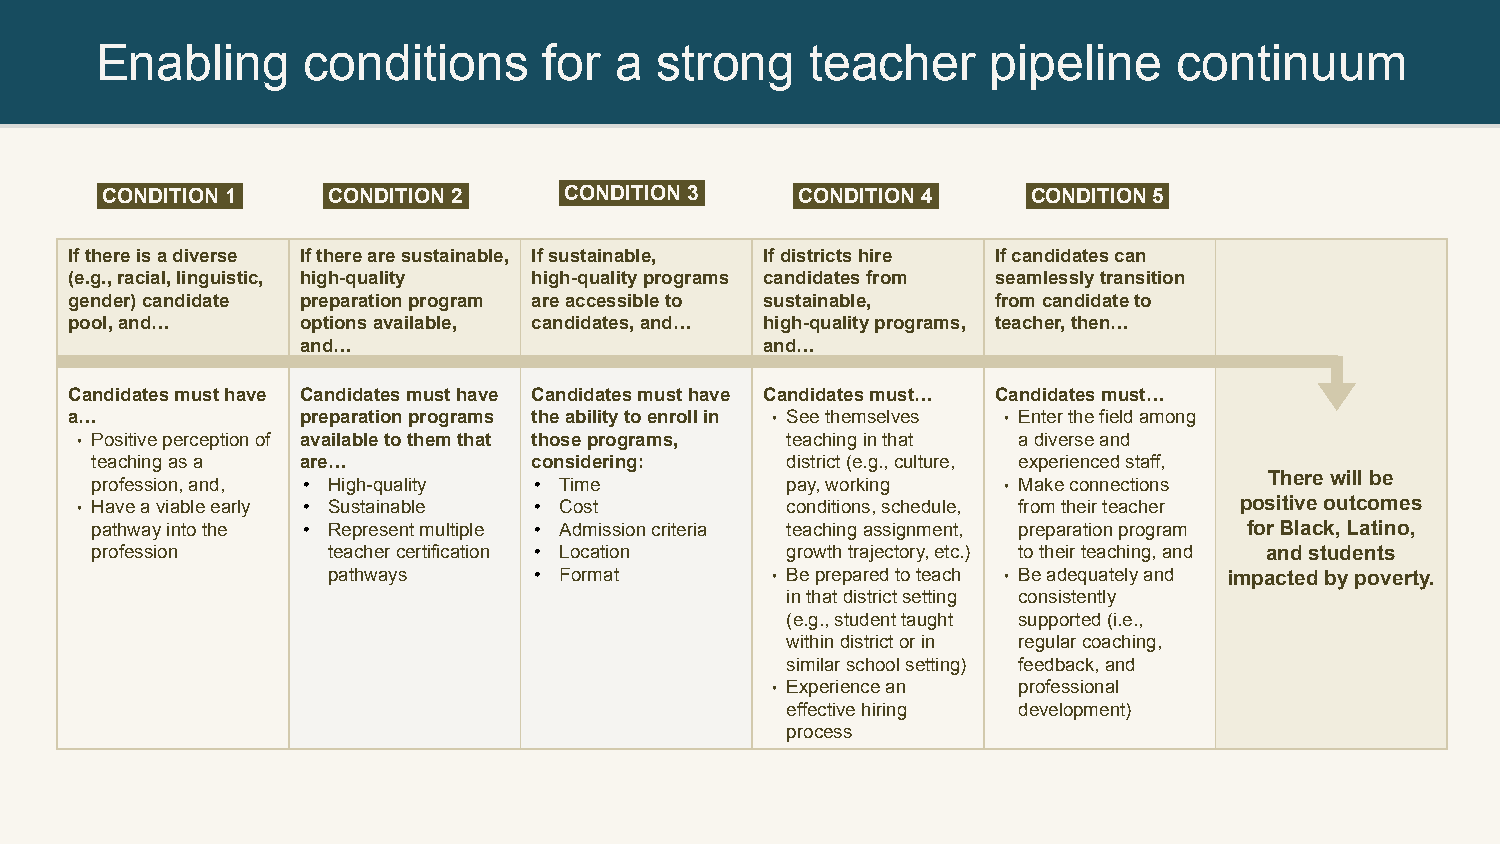
Enabling      conditions      for  a  strong    teacher     pipeline    continuum
 CONDITION 1 .  CONDITION 2 .  CONDITION 3 .   CONDITION 4 .  CONDITION 5 .
 If there is a diverse If there are sustainable, If sustainable, If districts hire If candidates can
 (e.g., racial, linguistic, high-quality high-quality programs candidates from seamlessly transition
 gender) candidate preparation program are accessible to sustainable, from candidate to
 pool, and…     options available, candidates, and… high-quality programs, teacher, then…
 and…                           and…
 Candidates must have Candidates must have Candidates must have Candidates must… Candidates must…
 a…             preparation programs the ability to enroll in • See themselves • Enter the field among
 • Positive perception of available to them that those programs, teaching in that a diverse and
 teaching as a are…           considering:     district (e.g., culture, experienced staff,
 There will be
 profession, and, • High-quality • Time        pay, working  • Make connections
 • Have a viable early • Sustainable • Cost     conditions, schedule, from their teacher positive outcomes
 pathway into the • Represent multiple • Admission criteria teaching assignment, preparation program for Black, Latino,
 profession      teacher certification • Location growth trajectory, etc.) to their teaching, and and students
 pathways     • Format        • Be prepared to teach • Be adequately and impacted by poverty.
 in that district setting consistently
 (e.g., student taught supported (i.e.,
 within district or in regular coaching,
 similar school setting) feedback, and
 • Experience an professional
 effective hiring development)
 process